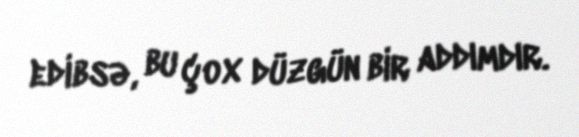
edibsə, bu çox düzgün bir addımdır.